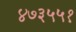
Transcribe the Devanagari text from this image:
४७३५५१